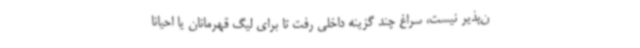
ن‌پذیر نیست، سراغ چند گزینه داخلی رفت تا برای لیگ قهرمانان یا احیانا